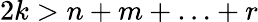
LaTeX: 2k>n+m+\ldots+r